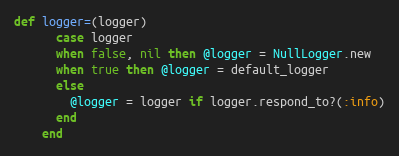
Language: Ruby
def logger=(logger)
      case logger
      when false, nil then @logger = NullLogger.new
      when true then @logger = default_logger
      else
        @logger = logger if logger.respond_to?(:info)
      end
    end